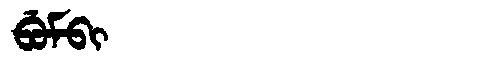
Manchu: ᠪᡠᠮᠪᡳ
Romanization: BUMBI